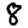
Digit: 8